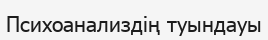
Психоанализдің туындауы